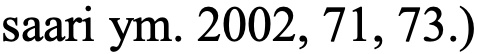
saari ym. 2002, 71, 73.)